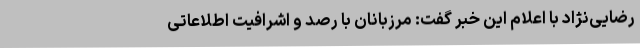
رضایی‌نژاد با اعلام این خبر گفت: مرزبانان با رصد و اشرافیت اطلاعاتی